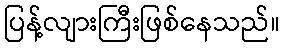
ပြန့်လျားကြီးဖြစ်နေသည်။